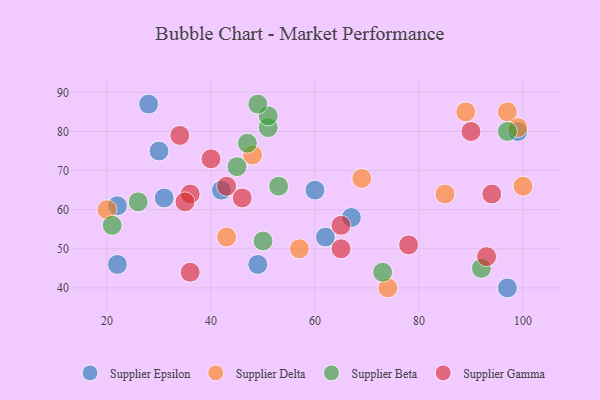
{"axis": {"x": "GDP", "y": "Life Expectancy"}, "legend": ["Supplier Beta", "Supplier Delta", "Supplier Epsilon", "Supplier Gamma"], "data": [{"x": "22", "y": 61, "type": "Supplier Epsilon"}, {"x": "62", "y": 53, "type": "Supplier Epsilon"}, {"x": "99", "y": 80, "type": "Supplier Epsilon"}, {"x": "30", "y": 75, "type": "Supplier Epsilon"}, {"x": "67", "y": 58, "type": "Supplier Epsilon"}, {"x": "42", "y": 65, "type": "Supplier Epsilon"}, {"x": "22", "y": 46, "type": "Supplier Epsilon"}, {"x": "31", "y": 63, "type": "Supplier Epsilon"}, {"x": "49", "y": 46, "type": "Supplier Epsilon"}, {"x": "60", "y": 65, "type": "Supplier Epsilon"}, {"x": "28", "y": 87, "type": "Supplier Epsilon"}, {"x": "97", "y": 40, "type": "Supplier Epsilon"}, {"x": "43", "y": 53, "type": "Supplier Delta"}, {"x": "48", "y": 74, "type": "Supplier Delta"}, {"x": "85", "y": 64, "type": "Supplier Delta"}, {"x": "97", "y": 85, "type": "Supplier Delta"}, {"x": "69", "y": 68, "type": "Supplier Delta"}, {"x": "99", "y": 81, "type": "Supplier Delta"}, {"x": "20", "y": 60, "type": "Supplier Delta"}, {"x": "100", "y": 66, "type": "Supplier Delta"}, {"x": "57", "y": 50, "type": "Supplier Delta"}, {"x": "74", "y": 40, "type": "Supplier Delta"}, {"x": "89", "y": 85, "type": "Supplier Delta"}, {"x": "92", "y": 45, "type": "Supplier Beta"}, {"x": "51", "y": 81, "type": "Supplier Beta"}, {"x": "97", "y": 80, "type": "Supplier Beta"}, {"x": "51", "y": 84, "type": "Supplier Beta"}, {"x": "73", "y": 44, "type": "Supplier Beta"}, {"x": "21", "y": 56, "type": "Supplier Beta"}, {"x": "53", "y": 66, "type": "Supplier Beta"}, {"x": "26", "y": 62, "type": "Supplier Beta"}, {"x": "47", "y": 77, "type": "Supplier Beta"}, {"x": "49", "y": 87, "type": "Supplier Beta"}, {"x": "45", "y": 71, "type": "Supplier Beta"}, {"x": "50", "y": 52, "type": "Supplier Beta"}, {"x": "94", "y": 64, "type": "Supplier Gamma"}, {"x": "36", "y": 64, "type": "Supplier Gamma"}, {"x": "34", "y": 79, "type": "Supplier Gamma"}, {"x": "65", "y": 50, "type": "Supplier Gamma"}, {"x": "65", "y": 56, "type": "Supplier Gamma"}, {"x": "90", "y": 80, "type": "Supplier Gamma"}, {"x": "43", "y": 66, "type": "Supplier Gamma"}, {"x": "40", "y": 73, "type": "Supplier Gamma"}, {"x": "46", "y": 63, "type": "Supplier Gamma"}, {"x": "36", "y": 44, "type": "Supplier Gamma"}, {"x": "35", "y": 62, "type": "Supplier Gamma"}, {"x": "93", "y": 48, "type": "Supplier Gamma"}, {"x": "78", "y": 51, "type": "Supplier Gamma"}]}